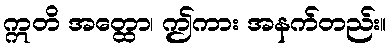
ဣတိ အတ္ထော၊ ဤကား အနက်တည်း။